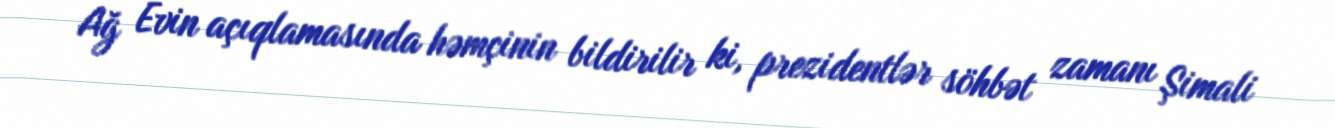
Ağ Evin açıqlamasında həmçinin bildirilir ki, prezidentlər söhbət zamanı Şimali